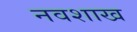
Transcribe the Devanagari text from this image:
नवशाख